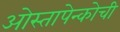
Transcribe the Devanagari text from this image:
ओस्तापेन्कोची